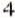
4